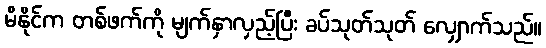
မိနိုင်က တစ်ဖက်ကို မျက်နှာလှည့်ပြီး ခပ်သုတ်သုတ် လျှောက်သည်။